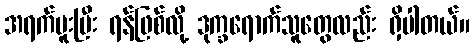
အရက်မူးပြီး ရန်ဖြစ်လို့ ဒုက္ခရောက်သူတွေလည်း ရှိပါတယ်။